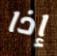
إذا